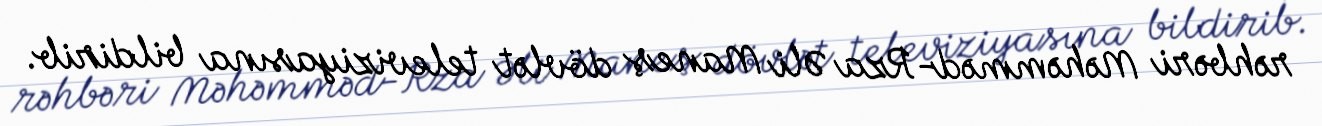
rəhbəri Məhəmməd-Rza Əli Maneş dövlət televiziyasına bildirib.